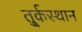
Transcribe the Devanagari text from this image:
तु्र्कस्थान